Vaccination in the Punjab 1905-1918 - 1905-1918
Year: 1905
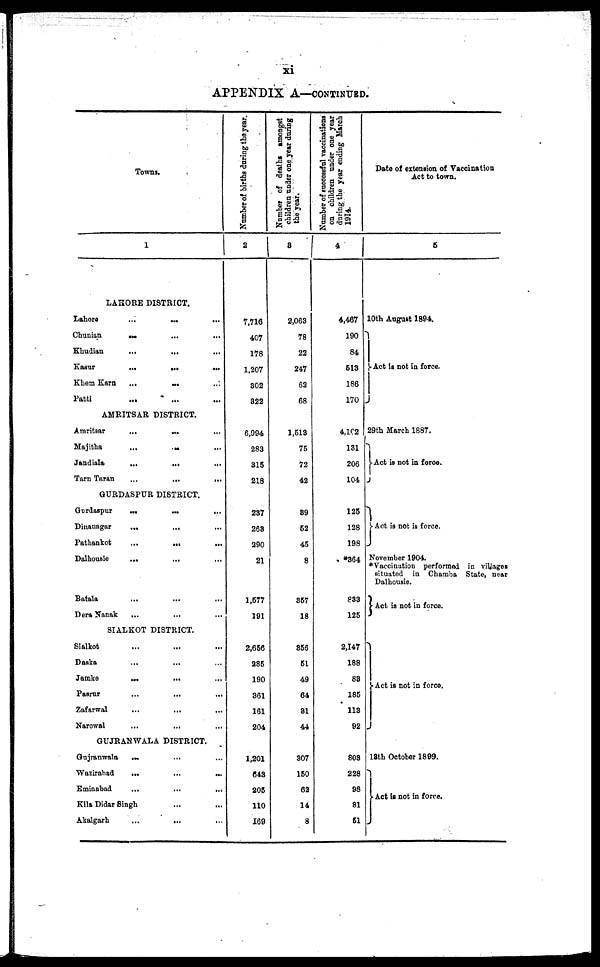
xi
APPENDIX A—CONTINUED.
Towns.
1
LAHORE DISTRICT.
Lahore
...
...
...
Chunian
...
...
...
Khudian
...
... ...
Kasur
...
..
...
Khem Earn
... ... ...
Patti
...
... ...
AMRITSAR DISTRICT.
Amritsar
...
...
Majitha
...
... ...
Jandiala
...
...
...
Tarn Taran
...
...
...
GURDASPUR DISTRICT.
Gurdaspur
...
...
...
Dinanagar
...
...
...
Pathankot
...
...
...
Dalhousie
... ... ...
Batala ... ... ...
Dera Nanak
... ... ...
SIALKOT DISTRICT.
Sialkot ... ... ...
Daska
...
... ...
Jamke
...
... ...
Pasrur
...
...
...
Zafarwal
...
...
...
Narowal
...
... ...
GUJRANWALA DISTRICT.
Gujranwala
...
... ...
Wazirabad
...
...
...
Eminabad
...
...
...
Kila Didar Singh
Akalgarh
...
... ...
Number of births daring the year.
2
7,716
407
178
1,207
302
322
6,994
283
315
218
237
263
290
21
1,577
191
2,656
285
190
361
161
204
1,201
643
205
110
169
Number of deaths amongst
children under one year during
the year.
3
2,063
78
22
247
62
68
1,513
75
72
42
39
52
45
8
357
18
356
51
49
64
31
44
307
150
62
14
8
Number of successful vaccinations
on children under one year
during the year ending March
1914.
4
4,467
190
84
513
186
170
4,102
131
206
104
125
128
198
*364
833
125
2,147
188
83
185
113
92
803
228
98
81
51
Date of extension of Vaccination
Act to town.
5
10th August 1894.
Act is not in force.
29th March 1887.
Act is not in force.
Act is not is force.
November 1904.
*Vaccination performed in villages
situated in Chamba State, near
Dalhousie.
Act is not in force.
Act is not in force.
13th October 1899.
Act is not in force.